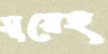
সুয়েহ